Indian journal of veterinary science and animal husbandry - Volumes 24-25, 1954-1955
Year: 1954
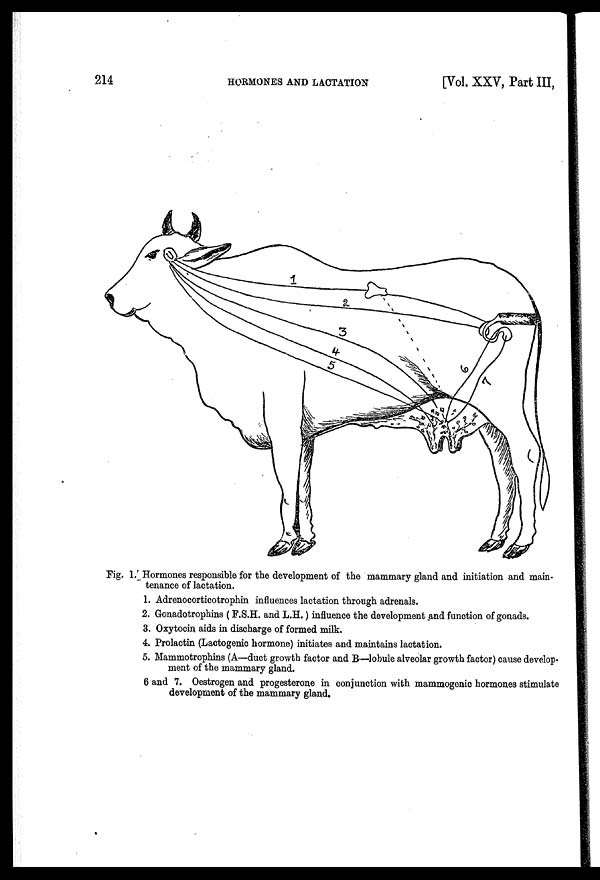
214
HORMONES
AND
LACTATION
[Vol. XXV, Part III,
Fig. 1. Hormones responsible for the development of the mammary gland and initiation and main-
tenance of lactation.
1. Adrenocorticotrophin influences lactation through adrenals.
2. Gonadotrophins (F.S.H. and L.H.) influence the development and function of gonads.
3. Oxytocin aids in discharge of formed milk.
4. Prolactin (Lactogenic hormone) initiates and maintains lactation.
5. Mammotrophins (A—duct growth factor and B—lobule alveolar growth factor) cause develop-
ment of the mammary gland.
6 and 7. Oestrogen and progesterone in conjunction with mammogenic hormones stimulate
development of the mammary gland.